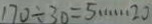
1 7 0 \div 3 0 = 5 \cdots 2 0